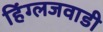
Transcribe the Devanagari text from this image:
हिंग्लजवाडी